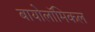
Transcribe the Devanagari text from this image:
बायोलॉमिकल